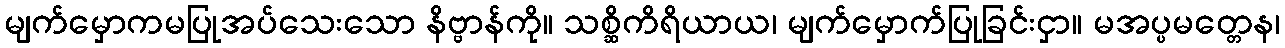
မျက်မှောကမပြုအပ်သေးသော နိဗ္ဗာန်ကို။ သစ္ဆိကိရိယာယ၊ မျက်မှောက်ပြုခြင်းငှာ။ မအပ္ပမတ္တေန၊